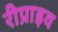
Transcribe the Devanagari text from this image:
रीप्राइव